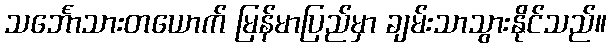
သင်္ဘောသားတယောက် မြန်မာပြည်မှာ ချမ်းသာသွားနိုင်သည်။